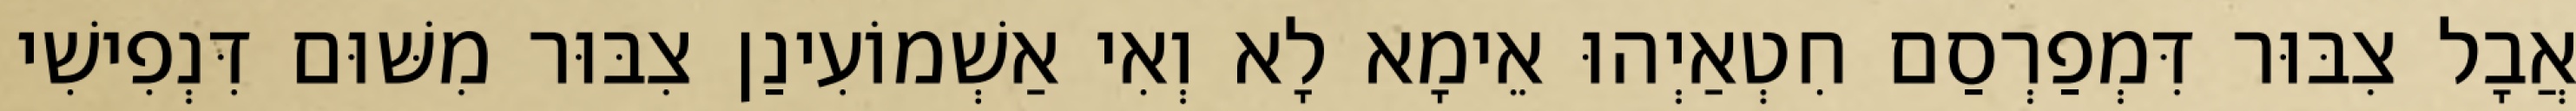
אֲבָל צִבּוּר דִּמְפַרְסַם חִטְאַיְהוּ אֵימָא לָא וְאִי אַשְׁמוֹעִינַן צִבּוּר מִשּׁוּם דִּנְפִישִׁי